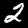
Label: 2